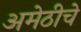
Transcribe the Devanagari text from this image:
अमेठीचे